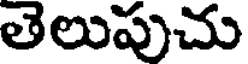
తెలుపుచు